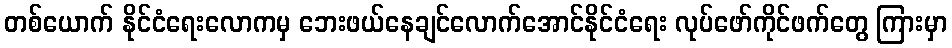
တစ်ယောက် နိုင်ငံရေးလောကမှ ဘေးဖယ်နေချင်လောက်အောင်နိုင်ငံရေး လုပ်ဖော်ကိုင်ဖက်တွေ ကြားမှာ